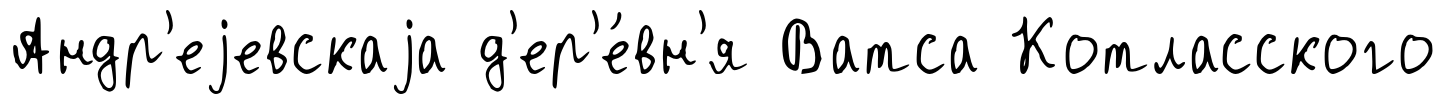
Андр'еjевскаjа д'ер'е́вн'я Ватса Котласского